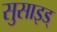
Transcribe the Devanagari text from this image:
सुसाइड्